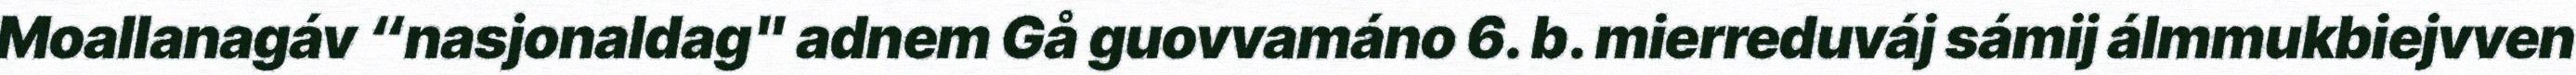
Moallanagáv “nasjonaldag" adnem Gå guovvamáno 6. b. mierreduváj sámij álmmukbiejvven